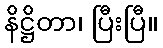
နိဋ္ဌိတာ၊ ပြီးပြီ။